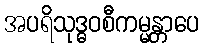
အပရိသုဒ္ဓဝစီကမ္မန္တာပေ